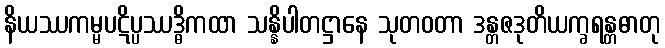
နိယဿကမ္မပဋိပ္ပဿဒ္ဓိကထာ သန္နိပါတဋ္ဌာနေ သုတဝတာ ဒန္တဇဒုတိယက္ခရန္တဓာတု